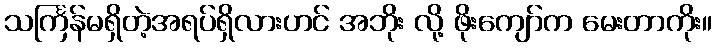
သင်္ကြန်မရှိတဲ့အရပ်ရှိလားဟင် အဘိုး လို့ ဖိုးကျော်က မေးတာကိုး။